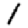
Digit: 1